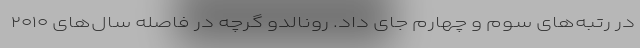
در رتبه‌های سوم و چهارم جای داد. رونالدو گرچه در فاصله سال‌های ۲۰۱۰